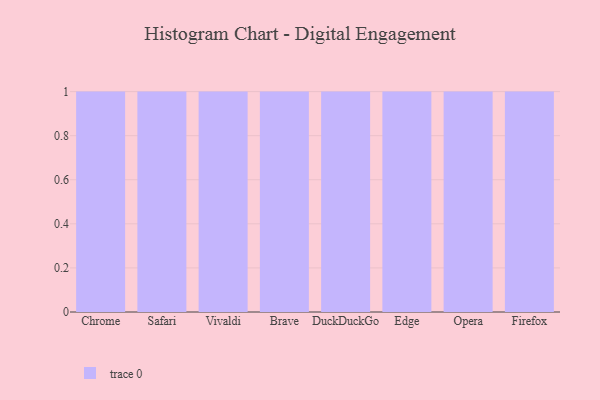
{"axis": {"x": "Browser", "y": "LTV (USD)"}, "legend": [""], "data": [{"x": "Chrome", "y": 43, "type": ""}, {"x": "Safari", "y": 96, "type": ""}, {"x": "Vivaldi", "y": 24, "type": ""}, {"x": "Brave", "y": 67, "type": ""}, {"x": "DuckDuckGo", "y": 7, "type": ""}, {"x": "Edge", "y": 26, "type": ""}, {"x": "Opera", "y": 97, "type": ""}, {"x": "Firefox", "y": 26, "type": ""}]}